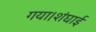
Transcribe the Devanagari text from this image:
गया।शंघाई